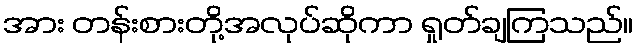
အား တန်းစားတို့အလုပ်ဆိုကာ ရှုတ်ချကြသည်။